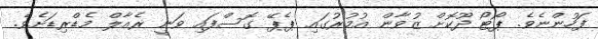
ފަހުންނެވެ. ޕޯޓޯ ދޫކޮށް ޒުވާން އުމުރުގައި ޕެޕޭ ގޮސްފައި ވަނީ ރެއާލް މެޑްރިޑަށެވެ.